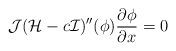
LaTeX: \begin{align*}\mathcal{J}(\mathcal{H}-c\mathcal{I})''(\phi)\frac{\partial\phi}{\partial x}=0\end{align*}